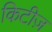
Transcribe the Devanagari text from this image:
किटीज़